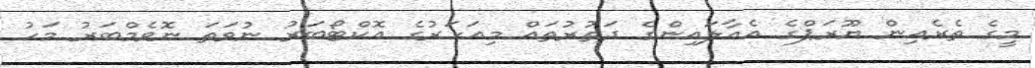
މީގެ ތެރެއިން ޔޫރަޕްގެ އެއާލައިންގެ ދަތުރުތައް މިއަހަރުގެ އޮކްޓޯބަރު ނުވަަތަ ނޮވެމްބަރު މަހު